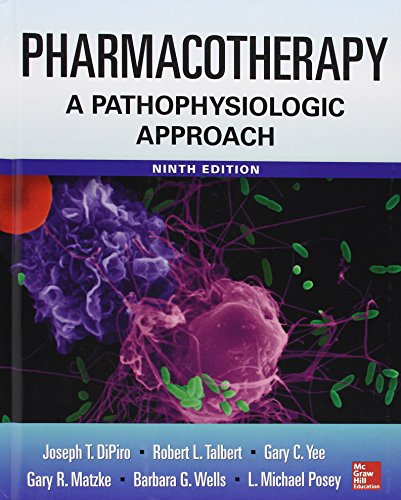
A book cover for Pharmacotherapy A Pathophysiologic Approach 9/E; Joseph DiPiro; Medical Books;